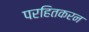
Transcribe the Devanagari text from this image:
परहितकरन